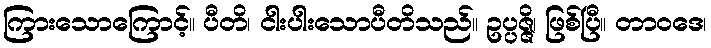
ကြားသောကြောင့်။ ပီတိ၊ ငါးပါးသောပီတိသည်။ ဥပ္ပဇ္ဇိ၊ ဖြစ်ပြီ။ တာဝဒေ၊